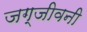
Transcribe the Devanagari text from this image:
जग्जीवनी